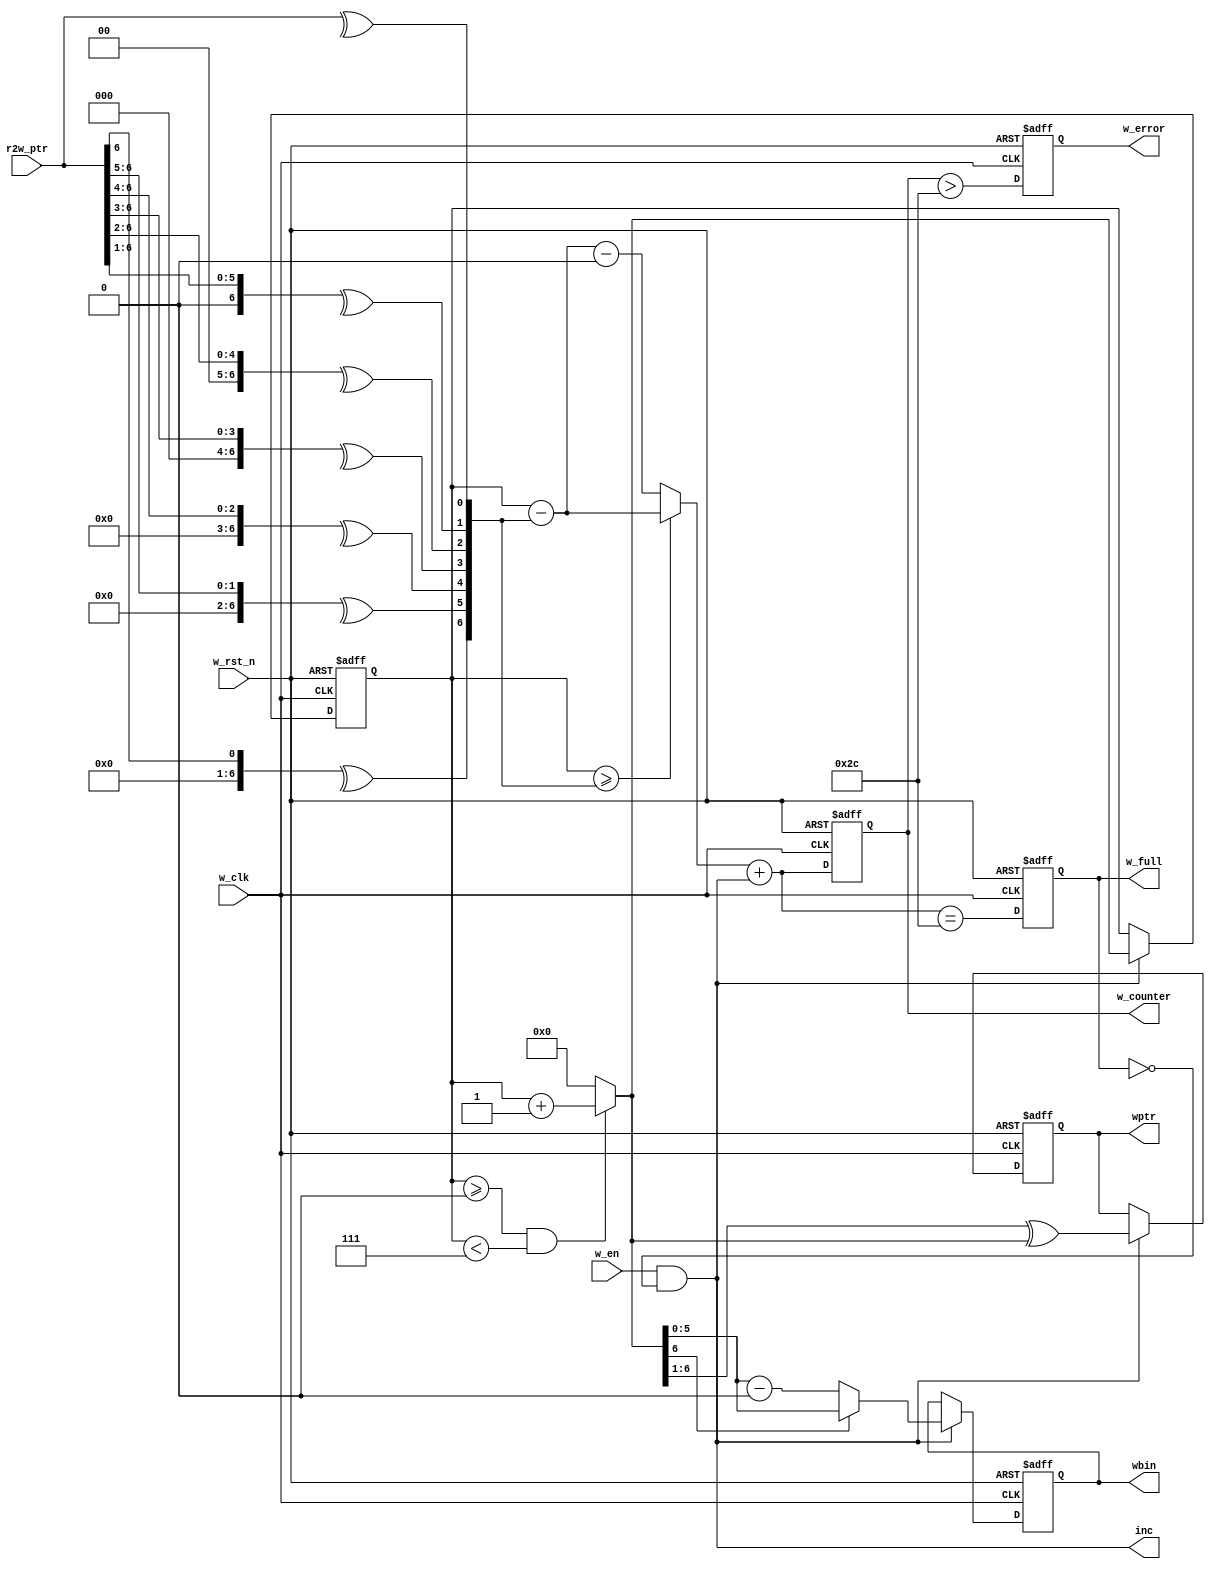
module asyn_fifo_write #(
    parameter                  ADDRWIDTH = 6,
    parameter   [ADDRWIDTH:0]  FIFODEPTH = 44,
    parameter   [ADDRWIDTH:0]  MINBIN2   = 0,
    parameter   [ADDRWIDTH:0]  MAXBIN2   = 7
) (
    input  wire                    w_clk    ,
    input  wire                    w_rst_n  ,
    input  wire                    w_en     ,
    input  wire [ADDRWIDTH:0]      r2w_ptr  ,
    output reg  [ADDRWIDTH-1:0]    wbin     ,
    output reg  [ADDRWIDTH:0]      wptr     ,
    output                         inc      ,
    output reg                     w_full   ,
    output reg  [ADDRWIDTH:0]      w_counter,
    output reg                     w_error
);
assign  inc  = w_en && !w_full;
reg  [ADDRWIDTH:0]  wbin2;
wire [ADDRWIDTH:0]  wbnext = (wbin2>=MINBIN2 && wbin2<MAXBIN2) ?
                             (wbin2 + 1'b1) : MINBIN2;
always @(posedge w_clk or negedge w_rst_n)
    if (!w_rst_n)
        wbin2 <= MINBIN2;
    else if (inc)
        wbin2 <= wbnext;
always @(posedge w_clk or negedge w_rst_n)
    if (!w_rst_n)
        wbin <= {ADDRWIDTH{1'b0}};
    else if (inc)
        wbin <= wbnext[ADDRWIDTH] ? wbnext[ADDRWIDTH-1:0] :
                    (wbnext[ADDRWIDTH-1:0] - MINBIN2[ADDRWIDTH-1:0]);
wire [ADDRWIDTH:0]  wptr_gray = {1'b0,wbnext[ADDRWIDTH:1]} ^ wbnext;
always @(posedge w_clk or negedge w_rst_n)
    if (!w_rst_n)
        wptr <= (MINBIN2>>1) ^ MINBIN2;
    else if (inc)
        wptr <= wptr_gray;
reg [ADDRWIDTH:0] r2w_bin;
always @(r2w_ptr)
begin: GrayToBin
    integer i;
    for (i=ADDRWIDTH; i>=0; i=i-1)
        r2w_bin[i] = ^(r2w_ptr>>i);
end
wire [ADDRWIDTH:0] distance = ( (wbin2 >= r2w_bin) ?
                                (wbin2  - r2w_bin) :
                                (wbin2  - r2w_bin - (MINBIN2<<1) )
                              ) + inc;
always @(posedge w_clk or negedge w_rst_n)
    if (!w_rst_n)
        w_counter <= {(ADDRWIDTH+1){1'b0}};
    else
        w_counter <= distance;
always @(posedge w_clk or negedge w_rst_n)
    if (!w_rst_n)
        w_full <= 1'b0;
    else
        w_full <= (distance == FIFODEPTH);
always @(posedge w_clk or negedge w_rst_n)
    if (!w_rst_n)
        w_error <= 1'b0;
    else
        w_error <= (w_counter > FIFODEPTH);
endmodule